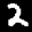
Label: 2